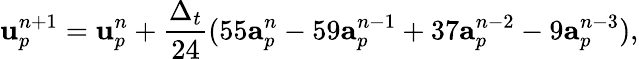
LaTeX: \mathbf{u}_{p}^{n+1}=\mathbf{u}_{p}^{n}+\frac{\Delta_{t}}{24}(55\mathbf{a}_{p}^{n}-59\mathbf{a}_{p}^{n-1}+37\mathbf{a}_{p}^{n-2}-9\mathbf{a}_{p}^{n-3}),